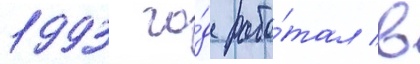
1993 го́д рабо́тал в